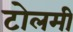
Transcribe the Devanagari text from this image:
टोलमी